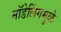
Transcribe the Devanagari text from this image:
मॉडेलिंगमुळे